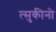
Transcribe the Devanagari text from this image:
त्सुकीनो